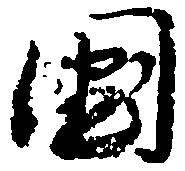
国